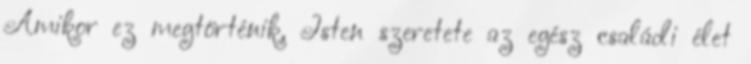
Amikor ez megtörténik, Isten szeretete az egész családi élet